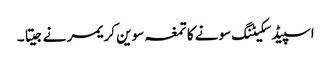
اسپیڈ سکیٹنگ سونے کا تمغہ سوین کریمر نے جیتا ۔